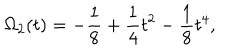
\Omega _ { 2 } ( t ) = - { \frac { 1 } { 8 } } + { \frac { 1 } { 4 } } t ^ { 2 } - { \frac { 1 } { 8 } } t ^ { 4 } ,